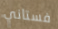
فستاني